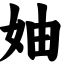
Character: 妯